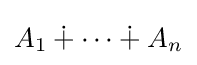
A_{1}\dotplus \cdots \dotplus A_{n}